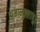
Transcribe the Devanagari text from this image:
अमानुल्लापुर